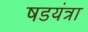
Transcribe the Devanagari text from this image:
षडयंत्रा